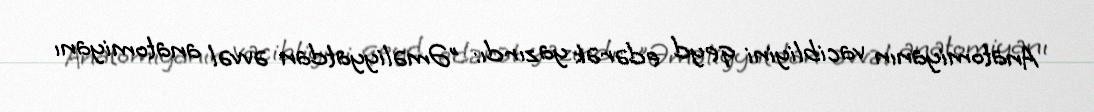
Anatomiyanın vacibliyini qeyd edərək yazırdı: "Əməliyyatdan əvvəl anatomiyanı